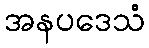
အနပဒေသံ